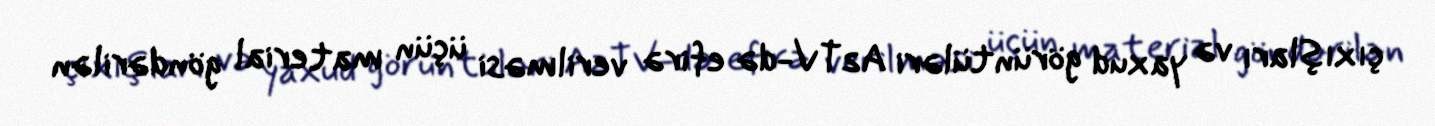
çıxışları və yaxud görüntüləri AzTV-də efirə verilməsi üçün material göndərilən